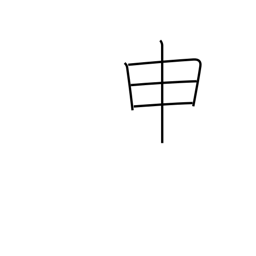
Meaning: ninth sign of Chinese zodiac